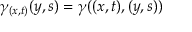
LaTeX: \ \gamma _ { ( x , t ) } ( y , s ) = \gamma ( ( x , t ) , ( y , s ) )